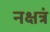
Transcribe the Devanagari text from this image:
नक्षत्रं